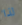
لذا